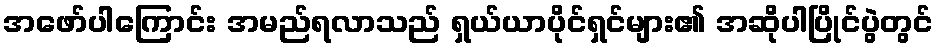
အဖော်ပါကြောင်း အမည်ရလာသည် ရှယ်ယာပိုင်ရှင်များ၏ အဆိုပါပြိုင်ပွဲတွင်